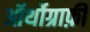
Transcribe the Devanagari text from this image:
ऑर्थोग्राफ़ी